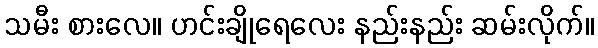
သမီး စားလေ။ ဟင်းချိုရေလေး နည်းနည်း ဆမ်းလိုက်။